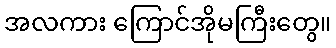
အလကား ကြောင်အိုမကြီးတွေ။